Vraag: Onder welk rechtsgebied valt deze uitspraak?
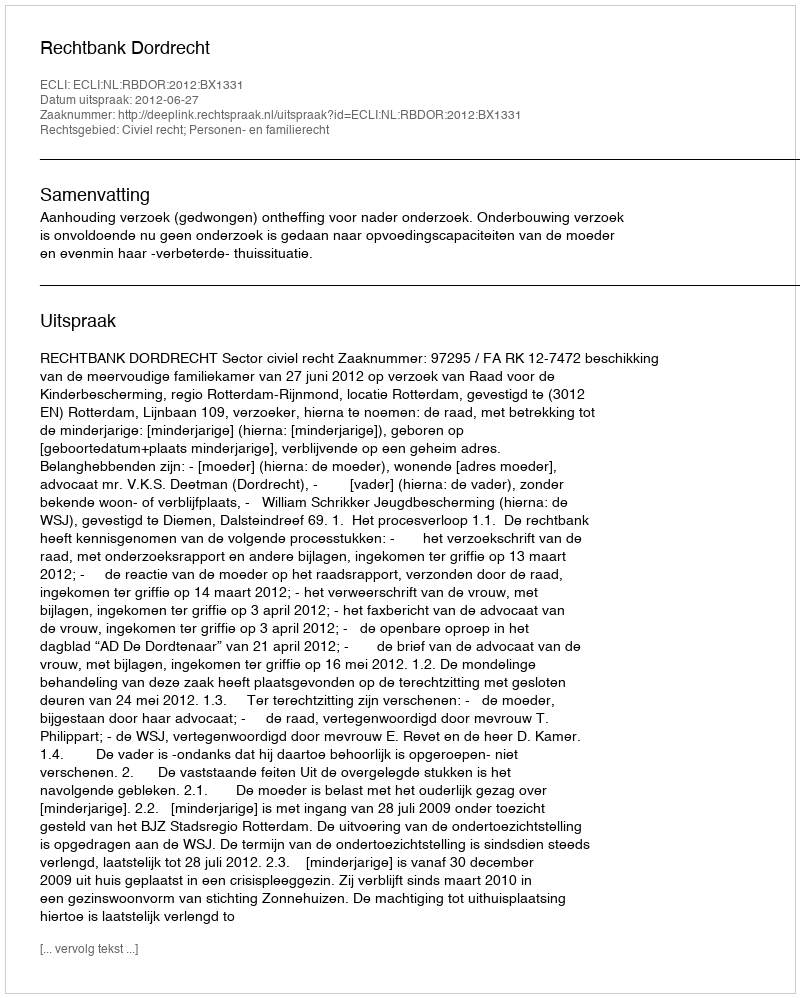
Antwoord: Civiel recht; Personen- en familierecht